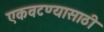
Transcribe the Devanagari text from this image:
एकवटण्यासाठी